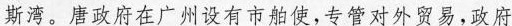
斯湾。唐政府在广州设有市舶使，专管对外贸易，政府